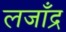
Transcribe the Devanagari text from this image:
लजाँद्र